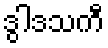
ဒွါဒသကီ